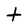
Character: t